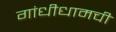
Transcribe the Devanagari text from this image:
गांधीधामची